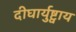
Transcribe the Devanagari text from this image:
दीघार्युष्ट्वाय